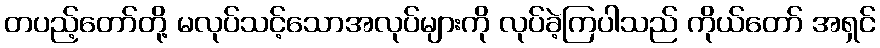
တပည့်တော်တို့ မလုပ်သင့်သောအလုပ်များကို လုပ်ခဲ့ကြပါသည် ကိုယ်တော် အရှင်